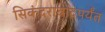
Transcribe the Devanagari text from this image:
सिकंदराबादपर्यंत